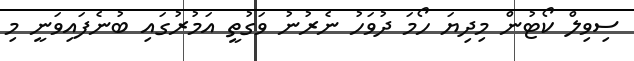
ސިވިލް ކޯޓުން މިދިޔަ ހޯމަ ދުވަހު ނެރުނު ވަގުތީ އަމުރުގައި ބުނެފައިވަނީ މި